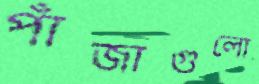
পাঁজাগুলো